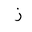
Letter: _zay